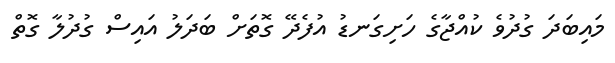
މައިބަދަ ގުދުވެ ކުއްޖާގެ ހަށިގަނޑު އުފެދޭ ގޮތަށް ބަދަލު އައިސް ގުދުލާ ގޮތް